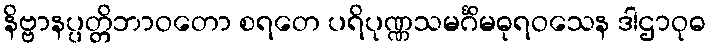
နိဗ္ဗာနပ္ပတ္တိဘာဝတော စရတေ ပရိပုဏ္ဏသမင်္ဂိမဓုရဝသေန ဒါဌာဝုဓ